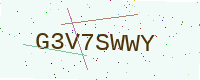
Text: G3V7SWWY